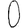
Digit: 0